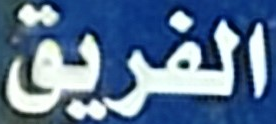
الفريق